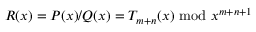
R ( x ) = P ( x ) / Q ( x ) = T _ { m + n } ( x ) { \mathrm { ~ m o d ~ } } x ^ { m + n + 1 }